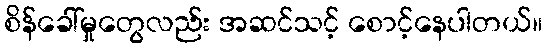
စိန်ခေါ်မှုတွေလည်း အဆင်သင့် စောင့်နေပါတယ်။